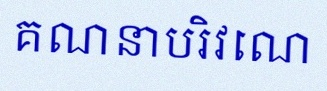
គណនាបរិវេណ